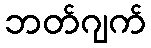
ဘတ်ဂျက်